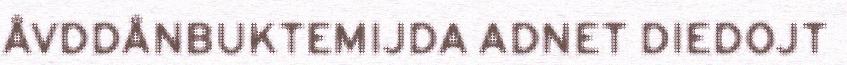
ÅVDDÅNBUKTEMIJDA ADNET DIEDOJT